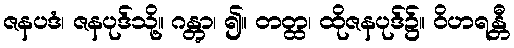
ဇနပဒံ၊ ဇနပုဒ်သို့။ ဂန္တွာ၊ ၍။ တတ္ထ၊ ထိုဇနပုဒ်၌။ ဝိဟရန္တီ